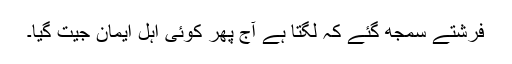
فرشتے سمجھ گئے کہ لگتا ہے آج پھر کوئی اہلِ ایمان جیت گیا۔